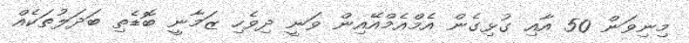
މިނިވަން 50 އާއި ގުޅިގެން އެމްއެމްއޭއިން ވަނީ ދިވެހި ޒަމާނީ ބޮޑެތި ބަދަލުތަކެއް